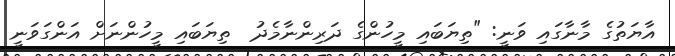
އާޔަތުގެ މާނާގައި ވަނީ: "ތިޔަބައި މީހުންގެ ދަރިންނާމެދު  ތިޔަބައި މީހުންނަށް އަންގަވަނީ